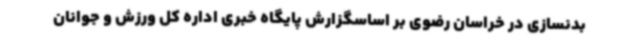
بدنسازی در خراسان رضوی بر اساسگزارش پایگاه خبری اداره کل ورزش و جوانان